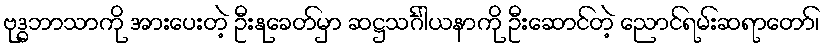
ဗုဒ္ဓဘာသာကို အားပေးတဲ့ ဦးနုခေတ်မှာ ဆဋ္ဌသင်္ဂါယနာကို ဦးဆောင်တဲ့ ညောင်ရမ်းဆရာတော်၊